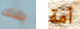
بلانك أمة